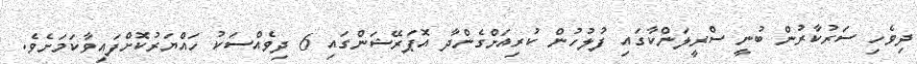
ދިވެހި ސަރުކާރުން ބުނީ ސްރީލަންކާގައި ފުލުހުން ކުރިއަށްގެންދާ އޮޕަރޭޝަންގައި 6 ދިވެއްސަކު ހައްޔަރުކޮށްފައިވާކަމަށެވެ.